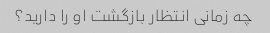
چه زمانی انتظار بازگشت او را دارید؟